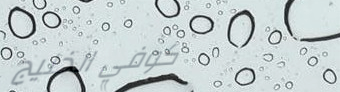
كوفي الخليج